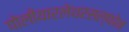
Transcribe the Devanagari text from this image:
पोलीयारलेथरसल्फोन